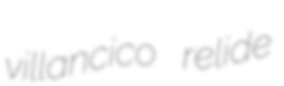
villancico relide